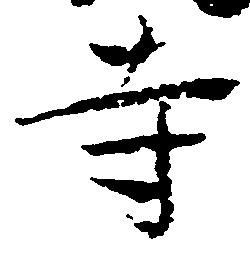
寺